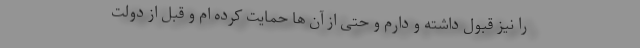
را نیز قبول داشته و دارم و حتی از آن ها حمایت کرده ام و قبل از دولت